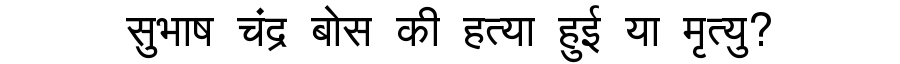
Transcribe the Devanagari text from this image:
सुभाष चंद्र बोस की हत्या हुई या मृत्यु?